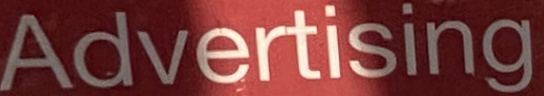
Advertising